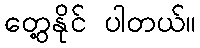
တွေ့နိုင် ပါတယ်။